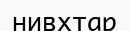
нивхтар